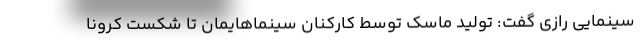
سینمایی رازی گفت: تولید ماسک توسط کارکنان سینماهایمان تا شکست کرونا